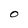
Character: O